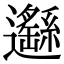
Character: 𨙂